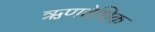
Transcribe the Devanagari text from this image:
ऋणवेशिक